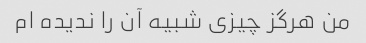
من هرگز چیزی شبیه آن را ندیده ام